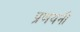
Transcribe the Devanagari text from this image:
प्रणयनी